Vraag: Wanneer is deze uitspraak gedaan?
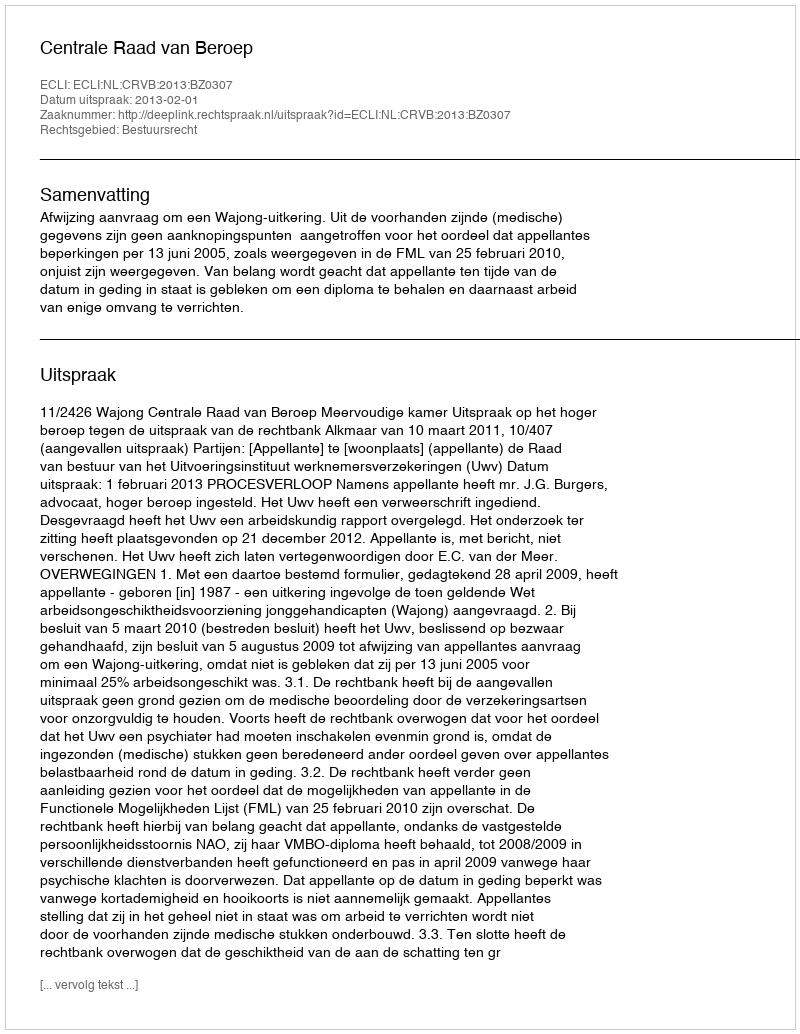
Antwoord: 2013-02-01